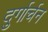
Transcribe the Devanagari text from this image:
दुर्गार्चन